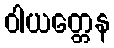
ဝါယတ္တေန